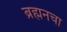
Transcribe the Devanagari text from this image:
ब्रह्मनचा